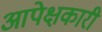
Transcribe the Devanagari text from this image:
आपेक्षकारी